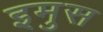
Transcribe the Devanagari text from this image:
इमुस